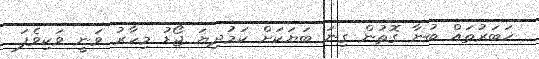
ޚަބަރުތައް ބުނާ ގޮތުން ގިނަ ބަޔަކަށް ކަމުދިޔަ ޖޯޑު މިހާރު ވަނީ ވަކިވެފަ